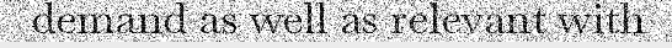
demand as well as relevant with